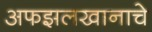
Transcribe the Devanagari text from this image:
अफझलखानाचे